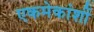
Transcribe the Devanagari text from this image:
एकमेकांशीं